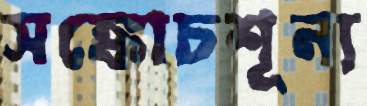
সঙ্কোচশূন্য